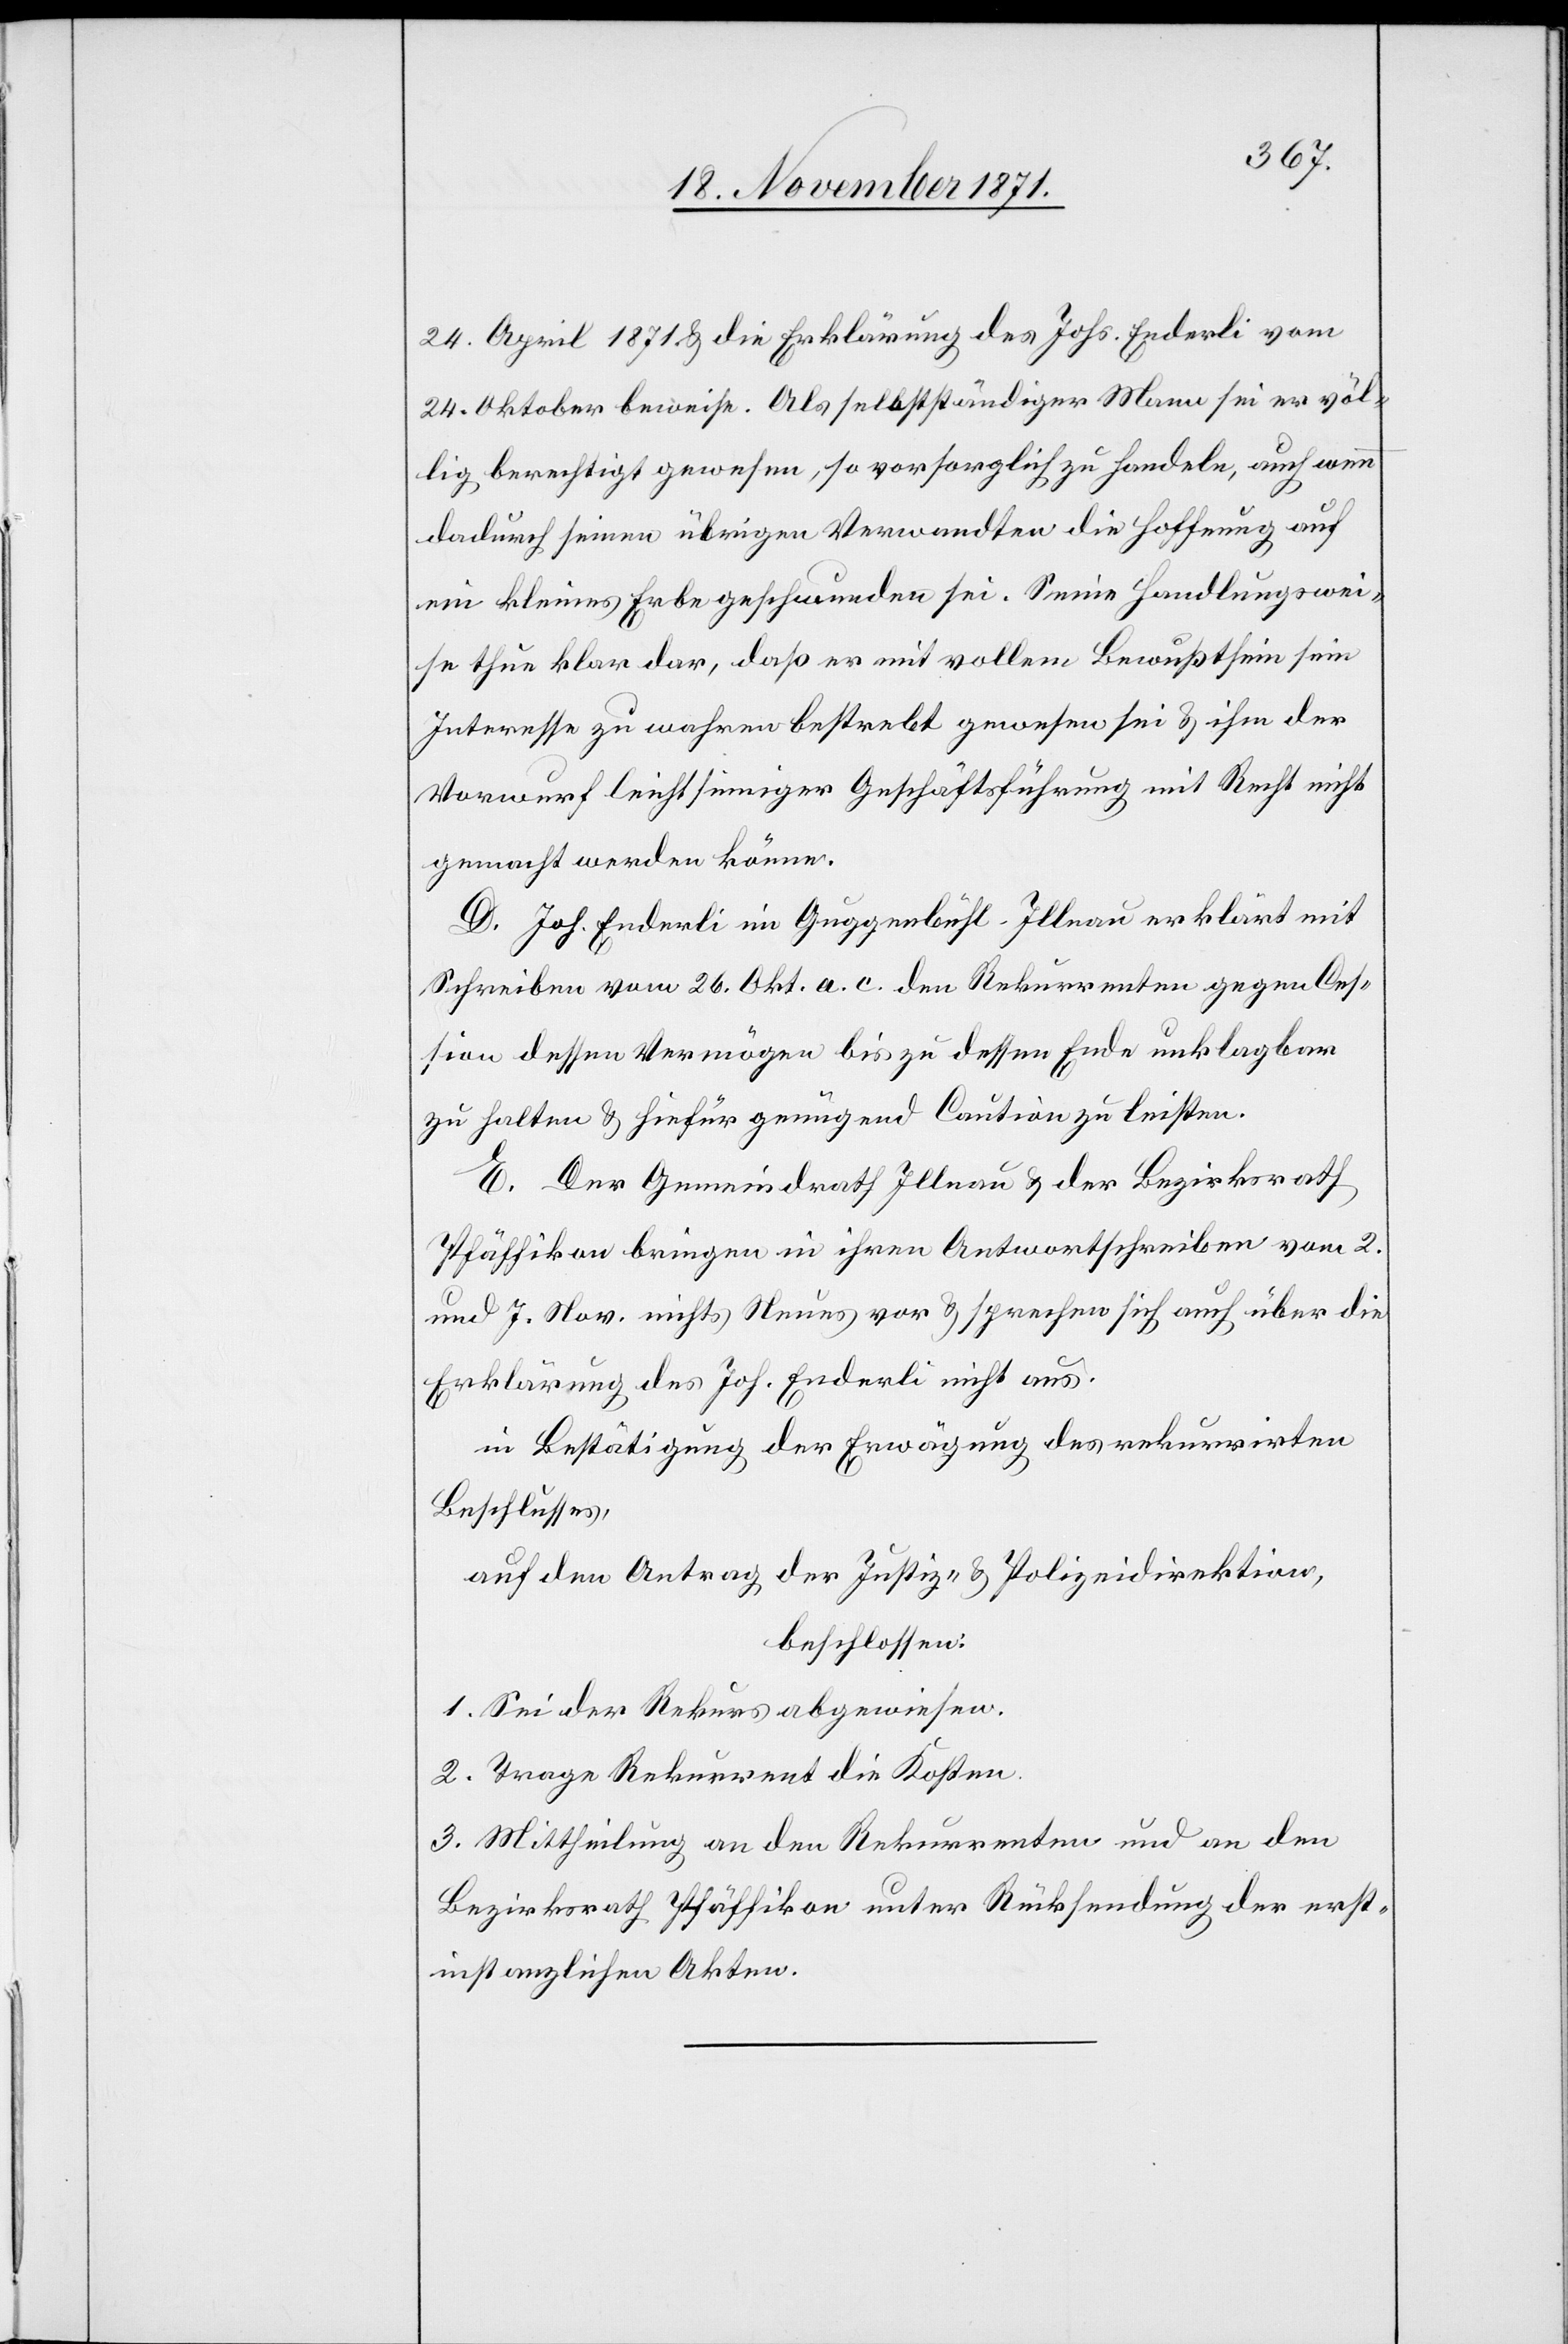
24. April 1871 & die Erklärung des Johs. Enderli vom
24. Oktober beweise. Als selbständiger Mann sei er völ¬
lig berechtigt gewesen, so vorsorglich zu handeln, auch wenn
dadurch seinen übrigen Verwandten die Hoffnung auf
ein kleines Erbe geschwunden sei. Seine Handlungswei¬
se thue klar dar, daß er mit vollem Bewusstsein sein
Interesse zu wahren bestrebt gewesen sei & ihm der
Vorwurf leichtsinniger Geschäftsführung mit Recht nicht
gemacht werden könne.
D. Joh. Enderli im Guggenbühl-Illnau erklärt mit
Schreiben vom 26. Okt. a. c. den Rekurrenten gegen Ces¬
sion dessen Vermögen bis zu dessen Ende unklagbar
zu halten & hiefür genügen Caution zu leisten.
E. Der Gemeindrath Illnau & der Bezirksrath
Pfäffikon bringen in ihren Antwortschreiben vom 2.
und 7. Nov. nichts Neues vor & sprechen sich auch über die
Erklärung des Joh. Enderli nicht aus.
in Bestätigung der Erwägung des rekurrirten
Beschlusses,
auf den Antrag der Justiz- & Polizeidirektion,
beschlossen:
1. Sei der Rekurs abgewiesen.
2. Trage Rekurrent die Kosten
3. Mittheilung an den Rekurrenten und an den
Bezirksrath Pfäffikon unter Rücksendung der erst¬
instanzlichen Akten.